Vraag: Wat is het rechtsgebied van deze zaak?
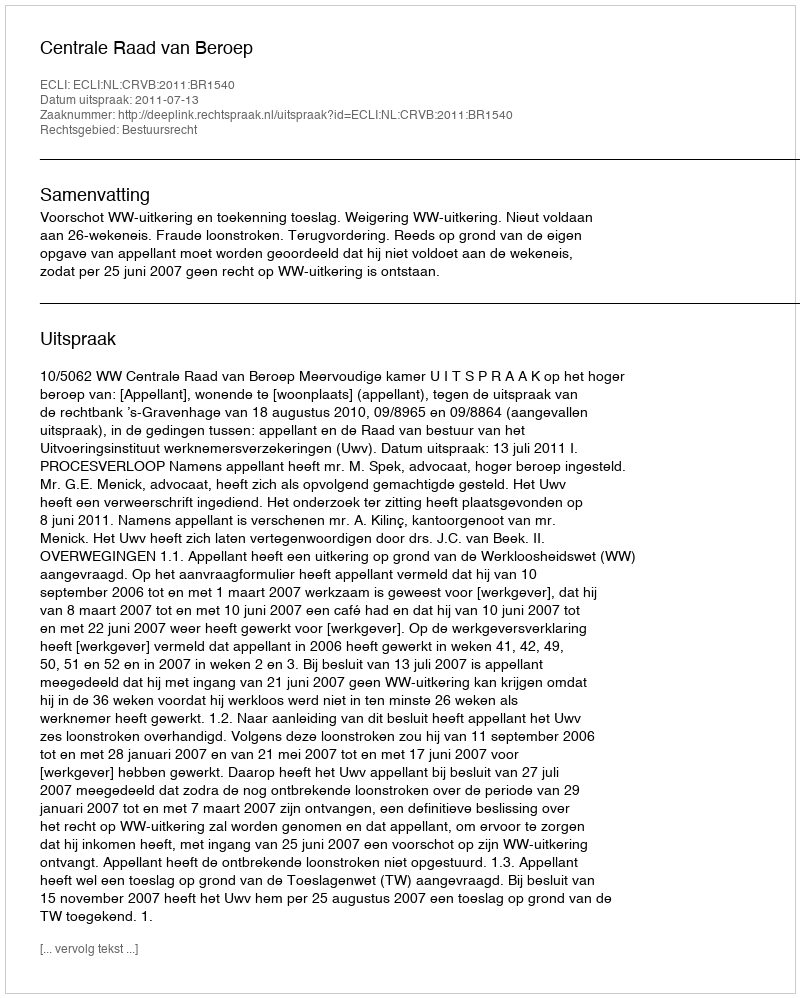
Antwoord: Bestuursrecht